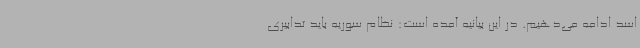
اسد ادامه می‌دهیم. در این بیانیه آمده است: نظام سوریه باید تدابیری